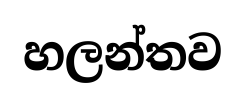
හලන්තව